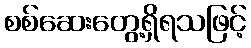
စစ်ဆေးတွေ့ရှိရသဖြင့်